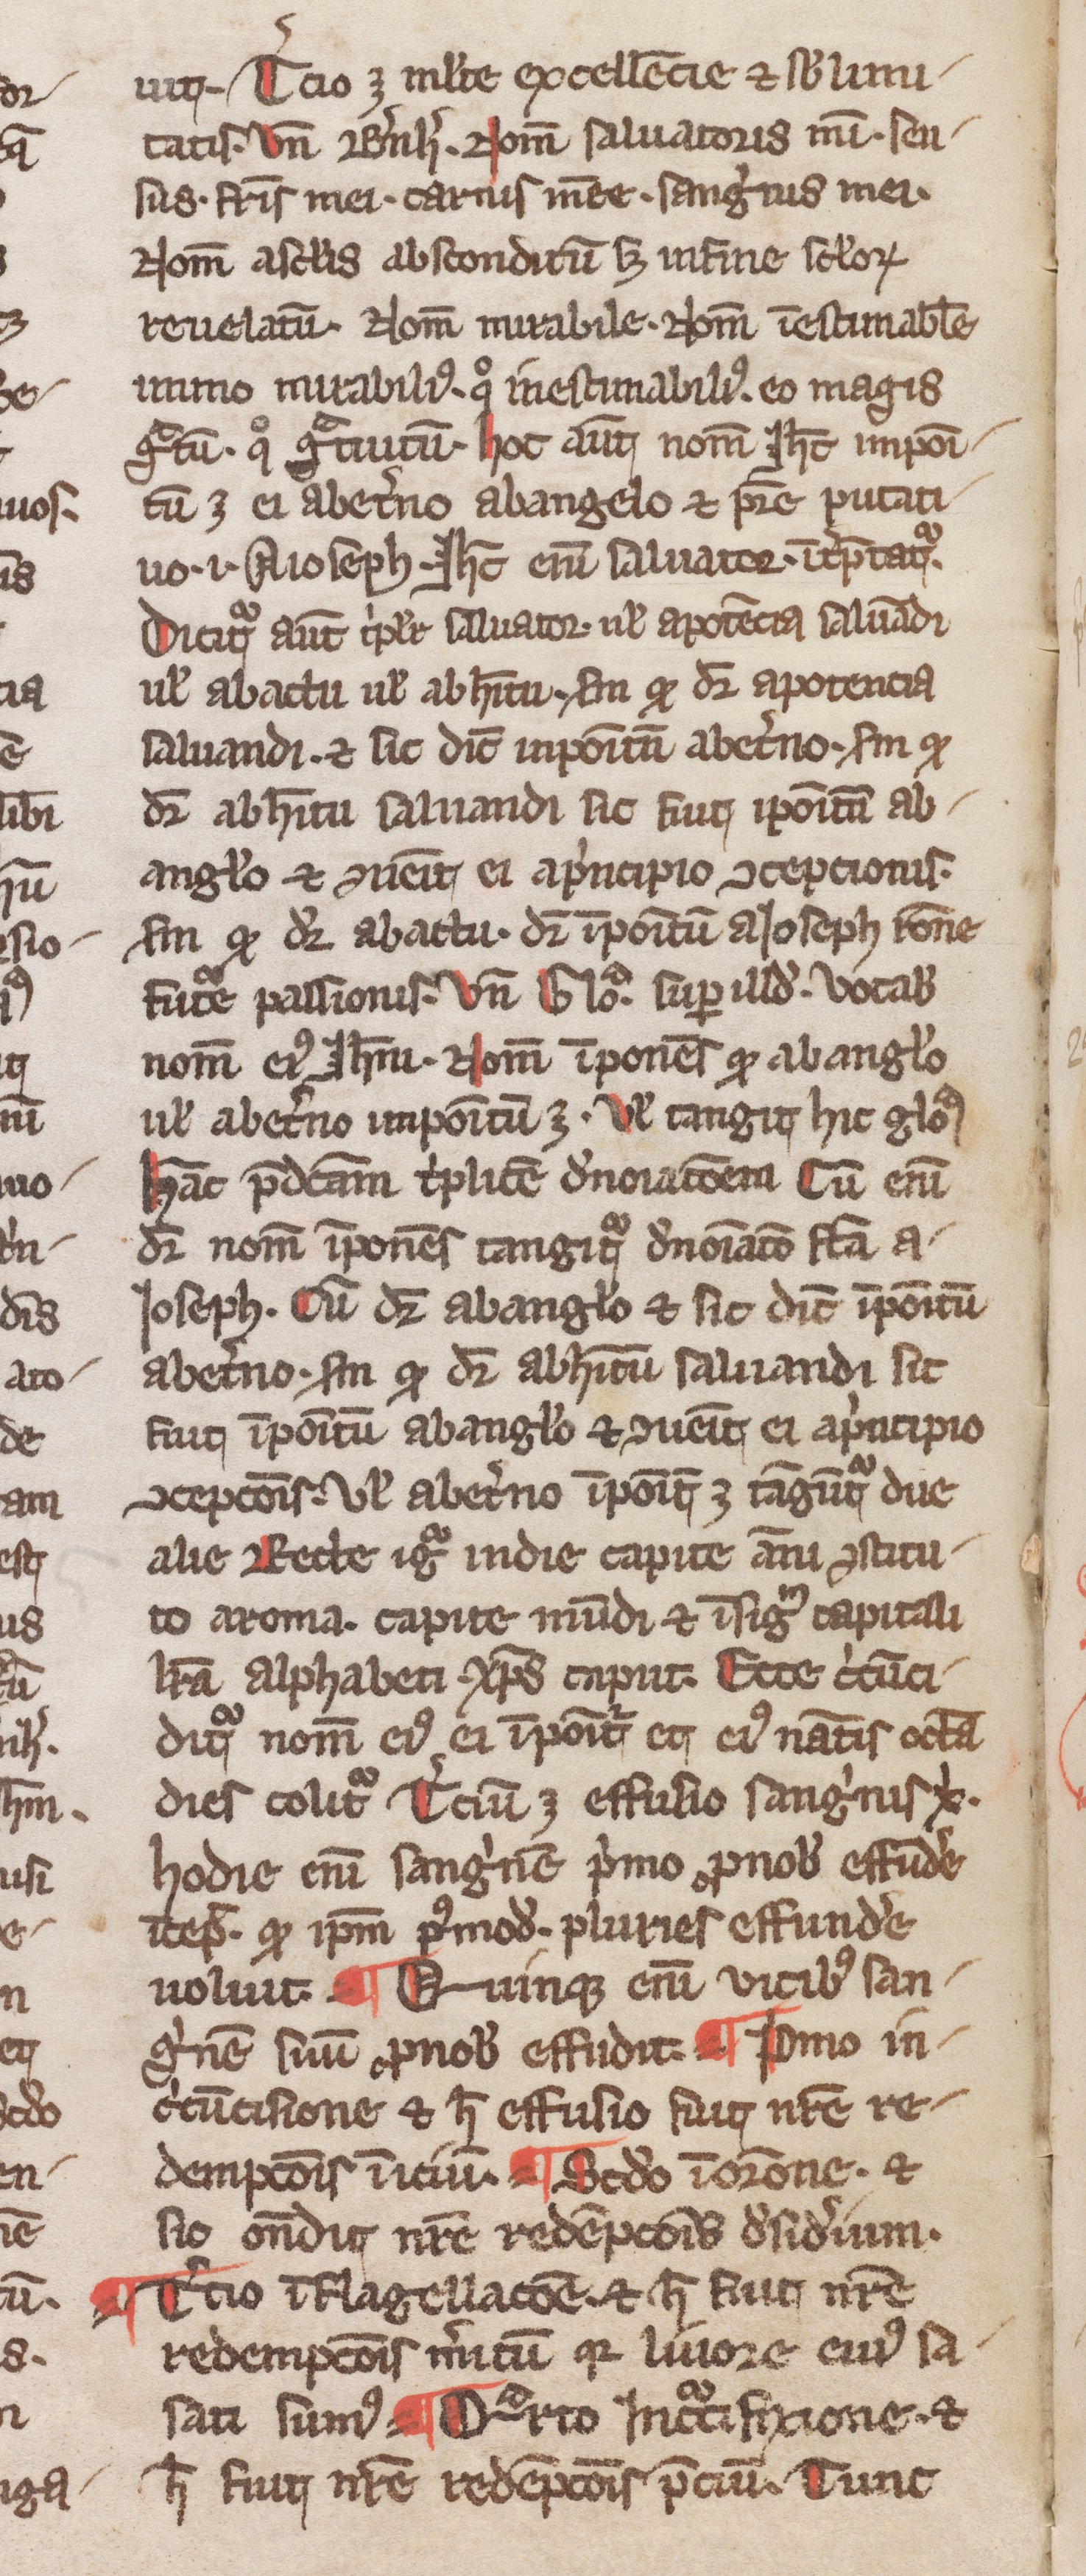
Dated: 1300–1399